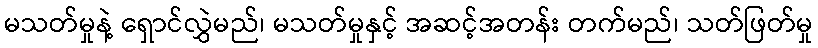
မသတ်မှုနဲ့ ရှောင်လွှဲမည်၊ မသတ်မှုနှင့် အဆင့်အတန်း တက်မည်၊ သတ်ဖြတ်မှု